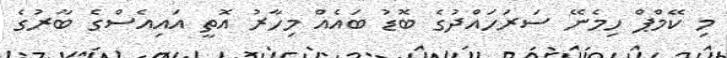
މި ކޭމްޕް ހިމެނޭ ސަރަހައްދުގެ ބޮޑު ބައެއް މިހާރު އޮތީ އައިއެސްގެ ބާރުގެ